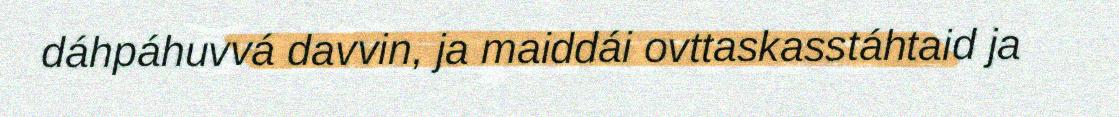
dáhpáhuvvá davvin, ja maiddái ovttaskasstáhtaid ja